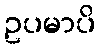
ဥပမာပိ